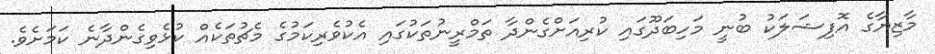
މާޒިޔާގެ އޮފިޝަލަކު ބުނީ މަހިބަދޫގައި ކުރިއަށްގެންދާ ތަމްރީނުތަކުގައި އެކުވެރިކަމުގެ މެޗުތަކެއް ކުޅެވިގެންދާނެ ކަމަށެވެ.